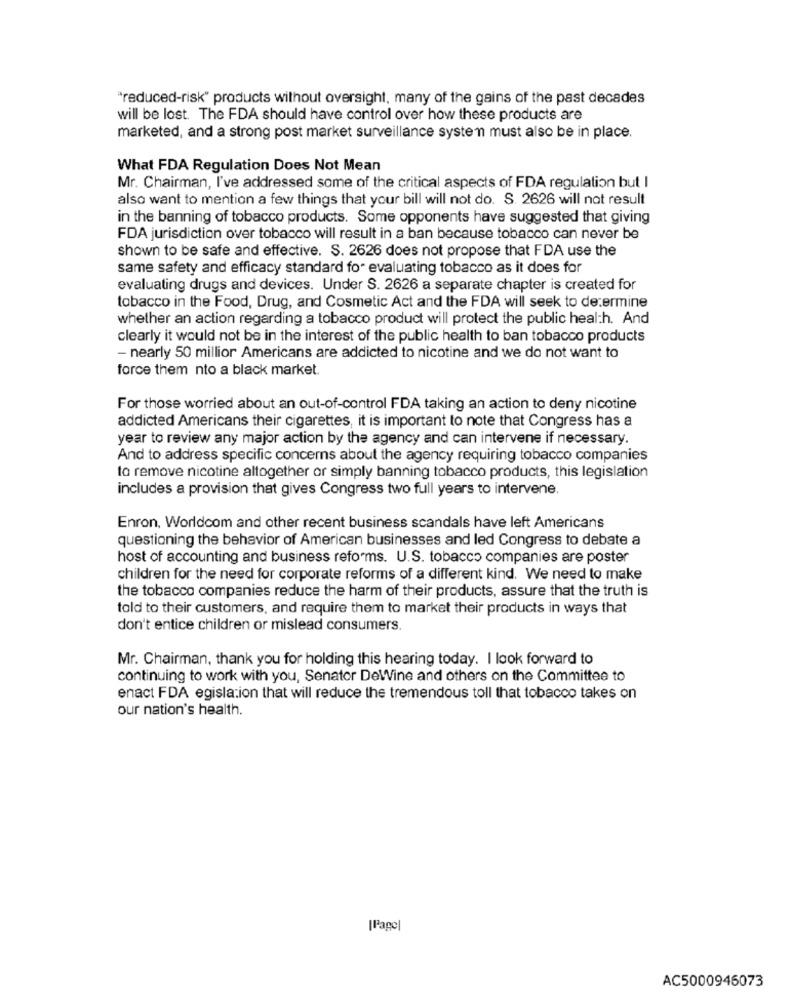
"reduced-risk" products without oversight, many of the gains of the past decades
will be lost. The FDA should have control over how these products are
marketed, and a strong post market surveillance system must also be in place.
What FDA Regulation Does Not Mean
Mr. Chairman, I've addressed some of the critical aspects of FDA regulation but I
also want to mention a few things that your bill will not do. S. 2626 will not result
in the banning of tobacco products. Some opponents have suggested that giving
FDA jurisdiction over tobacco will result in a ban because tobacco can never be
shown to be safe and effective. S. 2626 does not propose that FDA use the
same safety and efficacy standard for evaluating tobacco as it does for
evaluating drugs and devices. Under S. 2626 a separate chapter is created for
tobacco in the Food, Drug, and Cosmetic Act and the FDA will seek to determine
whether an action regarding a tobacco product will protect the public health. And
clearly it would not be in the interest of the public health to ban tobacco products
- nearly 50 millior Americans are addicted to nicotine and we do not want to
force them nto a black market.
For those worried about an out-of-control FDA taking an action to deny nicotine
addicted Americans their cigarettes, it is important to note that Congress has a
year to review any major action by the agency and can intervene if necessary.
And to address specific concerns about the agency requiring tobacco companies
to remove nicotine altogether or simply banning tobacco products, this legislation
includes a provision that gives Congress two full years to intervene.
Enron, Worldcom and other recent business scandals have left Americans
questioning the behavior of American businesses and led Congress to debate a
host of accounting and business reforms. U.S. tobacco companies are poster
children for the need for corporate reforms of a different kind. We need to make
the tobacco companies reduce the harm of their products, assure that the truth is
told to their customers, and require them to market their products in ways that
don't entice children or mislead consumers.
Mr. Chairman, thank you for holding this hearing today. I look forward to
continuing to work with you, Senator DeWine and others on the Committee to
enact FDA egislation that will reduce the tremendous toll that tobacco takes on
our nation's health.
|Page
AC5000946073